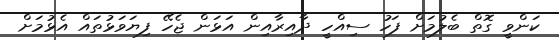
ކަންވީ ގޮތް ބެލުމަށް ފަހު ސިއްހީ ދާއިރާއިން އަޅަން ޖެހޭ ފިޔަވަޅުތައް އެޅުމަށް